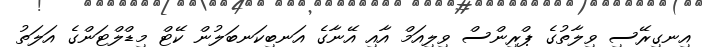
އިނގިރޭސި ވިލާތުގެ ޕްރިންސް ވިލިއަމް އާއި އޭނާގެ އަނބިކަނބަލުން ކޭޓް މިޑްލްޓަންގެ އަލަތު